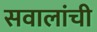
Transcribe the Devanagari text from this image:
सवालांची